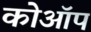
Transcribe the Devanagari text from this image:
कोऑप